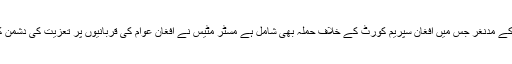
پنٹاگن کے ترجمان کیپٹن جیف ڈیوس نے کل کہا ”حالیہ حملوں کے مدنغر جس میں افغان سپریم کورٹ کے خلاف حملہ بھی شامل ہے مسٹر مٹیس نے افغان عوام کی قربانیوں پر تعزیت کی دشمن کا سامنا استقلال سے کرنے کے لئے صدر غنی کی تعریف کی۔